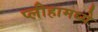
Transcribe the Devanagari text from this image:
प्लीहामध्ये